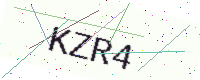
Text: KZR4